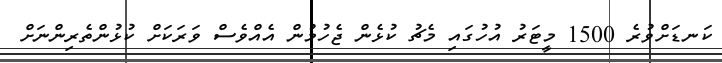
ކަނޑަށްވުރެ 1500 މީޓަރު އުހުގައި މެޗު ކުޅެން ޖެހުމުން އެއްވެސް ވަރަކަށް ކުޅުންތެރިންނަށް